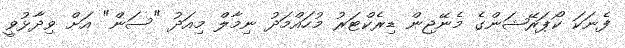
ފެނަކަ ކޯޕަރޭޝަންގެ މެނޭޖިން ޑިރެކްޓަރު މުހައްމަދު ނިމާލް މިއަދު "ސަން" އަށް ވިދާޅުވީ